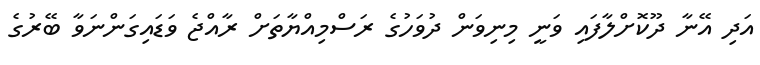
އަދި އޭނާ ދޫކޮށްލާފައި ވަނީ މިނިވަން ދުވަހުގެ ރަސްމިއްޔާތަށް ރާއްޖެ ވަޑައިގަންނަވާ ބޭރުގެ